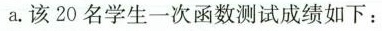
a.该20名学生一次函数测试成绩如下：